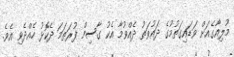
މުލިއާގެއަށް ވަޑައިގަތުމުގެ ދައުވަތު ދެއްވުމާ އެކު ގާސިމް ފުރަތަމަ ދެކޮޅު ހެއްދެވި އެވެ.